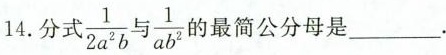
14.分式$$\frac { 1 } { 2 a ^ { 2 } b }$$与$$\frac { 1 } { a b ^ { 2 } }$$的最简公分母是___.